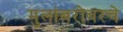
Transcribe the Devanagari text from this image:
मुलांबरोबरचे